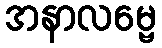
အနာလမ္ဗေ